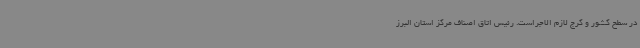
در سطح کشور و کرج لازم الاجراست. رئیس اتاق اصناف مرکز استان البرز